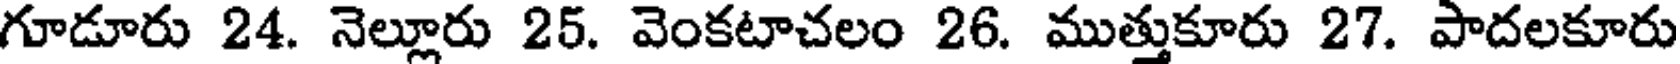
గూడూరు 24. నెల్లూరు 25. వెంకటాచలం 26. ముత్తుకూరు 27. పాదలకూరు